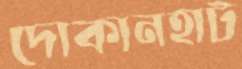
দোকানহাট